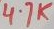
Text: 4.7K